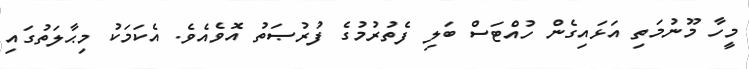
މީހާ މޫނުމަތި އަޅައިގެން ހުއްޓަސް ބަލި ފެތުރުމުގެ ފުރުޞަތު އޮވެއެވެ. އެކަމަކު މިޙާލަތުގައި